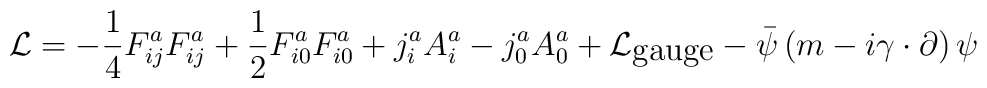
{\cal L}=-\frac{1}{4}F_{ij}^aF_{ij}^a+\frac{1}{2}F_{i0}^aF_{i0}^a+j_i^aA_i^a-j_0^aA_0^a+{\cal L}_{\mbox{gauge}}-{\bar \psi}\left(m-i{\gamma}\cdot\partial\right)\psi